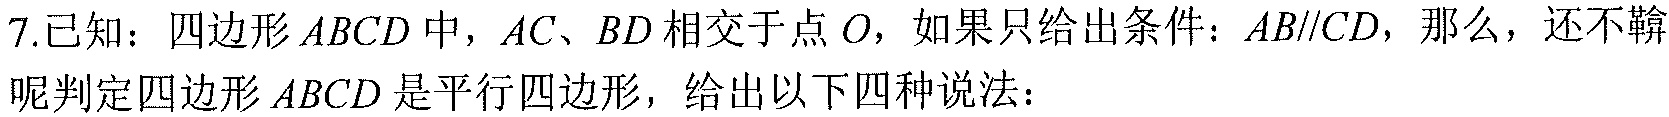
7.已知：四边形 \(ABCD\) 中，\(AC、BD\) 相交于点 \(O\)，如果只给出条件：\(AB\parallel CD\)，那么，还不鞥呢判定四边形 \(ABCD\) 是平行四边形，给出以下四种说法：